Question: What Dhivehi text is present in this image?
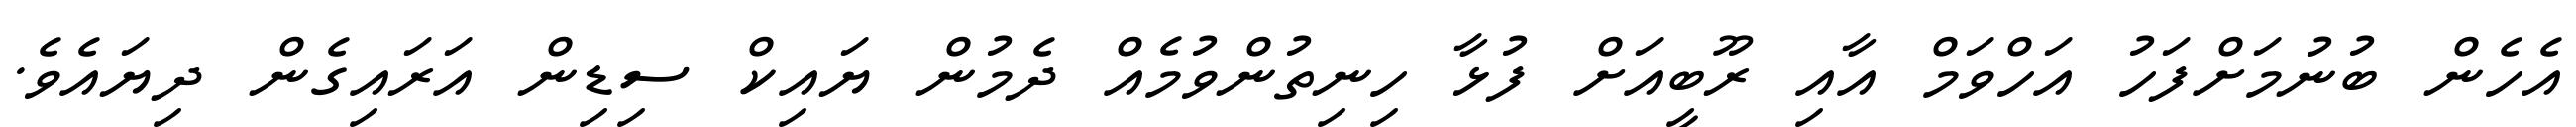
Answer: އެހެން ބުނުމަށްފަހު އަހްވަމް އާއި ރޫބީއަށް ފުޅާ ހިނިތުންވުމެއް ދެމުން ޔައިކް ސިޑިން އަރައިގެން ދިޔައެވެ.